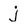
Character: j